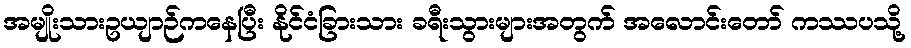
အမျိုးသားဥယျာဉ်ကနေပြီး နိုင်ငံခြားသား ခရီးသွားများအတွက် အလောင်းတော် ကဿပသို့